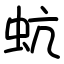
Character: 蚢